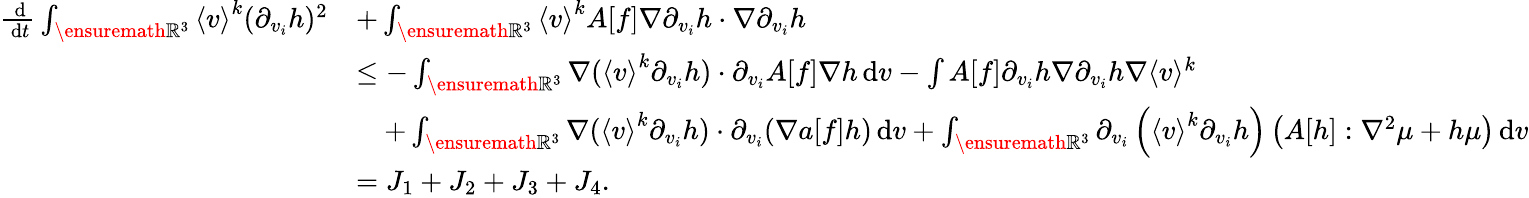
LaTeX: \begin{array}{rl}{\frac{\, \mathrm{d}}{\, \mathrm{d}t}\int_{\ensuremath{{\mathbb R}}^{3}}\left\langle v\right\rangle^{k}(\partial_{v_{i}}h)^{2}}&{+\int_{\ensuremath{{\mathbb R}}^{3}}\left\langle v\right\rangle^{k}A[f]\nabla\partial_{v_{i}}h\cdot\nabla\partial_{v_{i}}h}\\ &{\le-\int_{\ensuremath{{\mathbb R}}^{3}}\nabla(\left\langle v\right\rangle^{k}\partial_{v_{i}}h)\cdot\partial_{v_{i}}A[f]\nabla h\, \mathrm{d}v-\int A[f]\partial_{v_{i}}h\nabla\partial_{v_{i}}h\nabla\langle v\rangle^{k}}\\ &{\quad+\int_{\ensuremath{{\mathbb R}}^{3}}\nabla(\left\langle v\right\rangle^{k}\partial_{v_{i}}h)\cdot\partial_{v_{i}}(\nabla a[f]h)\, \mathrm{d}v+\int_{\ensuremath{{\mathbb R}}^{3}}\partial_{v_{i}}\left(\left\langle v\right\rangle^{k}\partial_{v_{i}}h\right)\left(A[h]:\nabla^{2}\mu+h\mu\right)\, \mathrm{d}v}\\ &{=J_{1}+J_{2}+J_{3}+J_{4}.}\end{array}